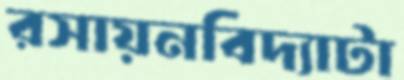
রসায়নবিদ্যাটা